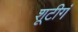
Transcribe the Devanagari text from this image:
शूटीगं